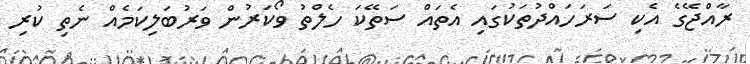
ރާއްޖޭގެ އެކި ސަރަހައްދުތަކުގައި އެތައް ސަތޭކަ ހެލްތު ވޯކަރުން ވަރުބަލިކަމެއް ނެތި ކުރި